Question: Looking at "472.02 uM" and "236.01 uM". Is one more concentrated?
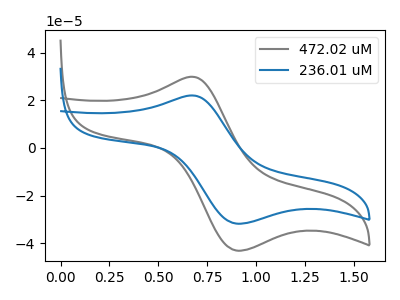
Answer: <think>The gray curve "472.02 uM" has an anodic peak at (0.65V, 29.90uA) and a cathodic peak at (0.90V, -43.10uA). The blue curve "236.01 uM" has an anodic peak at (0.65V, 22.05uA) and a cathodic peak at (0.90V, -31.80uA).
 All the peaks in "472.02 uM" have a peak in "236.01 uM" at the same potential. Every peak in "472.02 uM" is higher than every peak in "236.01 uM".</think>
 <answer>"472.02 uM" has more signal than "236.01 uM" and so likely has a higher concentration.</answer>
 <eval>more_concentration</eval>